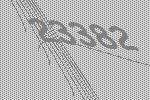
23382